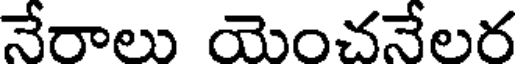
నేరాలు యెంచనేలర